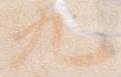
九